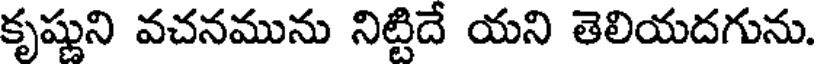
కృష్ణుని వచనమును నిట్టిదే యని తెలియదగును.